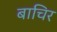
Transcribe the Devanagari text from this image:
बाचिर